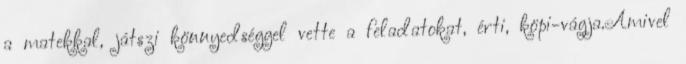
a matekkal, játszi könnyedséggel vette a feladatokat, érti, köpi-vágja.Amivel